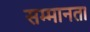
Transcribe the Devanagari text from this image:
सम्मानता